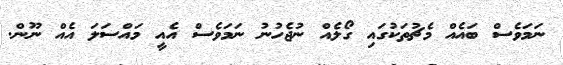
ނަމަވެސް ބައެއް މެޗުތަކުގައި ގޯލެއް ނުޖެހުނު ނަމަވެސް އެއީ މައްސަލަ އެއް ނޫން.